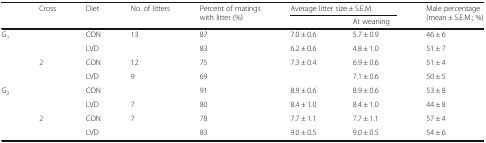
<table><thead><tr><td rowspan="2">[EMPTY_CELL]</td><td rowspan="2"><b>Cross</b></td><td rowspan="2"><b>Diet</b></td><td rowspan="2"><b>No. of litters</b></td><td rowspan="2"><b>Percent of matings with litter (%)</b></td><td colspan="2"><b>Average litter size ± S.E.M.</b></td><td rowspan="2"><b>Male percentage (mean ± S.E.M.; %)</b></td></tr><tr><td>[EMPTY_CELL]</td><td><b>At weaning</b></td></tr></thead><tbody><tr><td rowspan="4">G<sub>1</sub></td><td rowspan="2">[EMPTY_CELL]</td><td>CON</td><td>13</td><td>87</td><td>7.0 ± 0.6</td><td>5.7 ± 0.9</td><td>46 ± 6 </td></tr><tr><td>LVD</td><td>[EMPTY_CELL]</td><td>83</td><td>6.2 ± 0.6</td><td>4.8 ± 1.0</td><td>51 ± 7</td></tr><tr><td rowspan="2">2</td><td>CON</td><td>12</td><td>75</td><td>7.3 ± 0.4</td><td>6.9 ± 0.6</td><td>51 ± 4</td></tr><tr><td>LVD</td><td>9</td><td>69</td><td>[EMPTY_CELL]</td><td>7.1 ± 0.6</td><td>50 ± 5</td></tr><tr><td rowspan="4">G<sub>2</sub></td><td rowspan="2">[EMPTY_CELL]</td><td>CON</td><td>[EMPTY_CELL]</td><td>91</td><td>8.9 ± 0.6</td><td>8.9 ± 0.6</td><td>53 ± 8</td></tr><tr><td>LVD</td><td>7</td><td>80</td><td>8.4 ± 1.0</td><td>8.4 ± 1.0</td><td>44 ± 8</td></tr><tr><td rowspan="2">2</td><td>CON</td><td>7</td><td>78</td><td>7.7 ± 1.1</td><td>7.7 ± 1.1</td><td>57 ± 4</td></tr><tr><td>LVD</td><td>[EMPTY_CELL]</td><td>83</td><td>9.0 ± 0.5</td><td>9.0 ± 0.5</td><td>54 ± 6</td></tr></tbody></table>